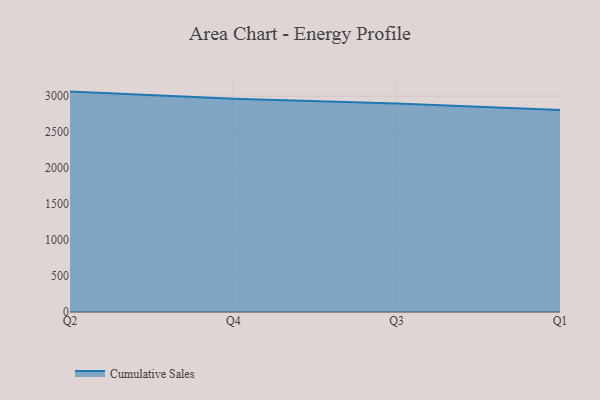
{"axis": {"x": "Quarter", "y": "Temperature (°C)"}, "legend": ["Cumulative Sales"], "data": [{"x": "Q2", "y": 3065.1, "type": "Cumulative Sales"}, {"x": "Q4", "y": 2967.4, "type": "Cumulative Sales"}, {"x": "Q3", "y": 2897.9, "type": "Cumulative Sales"}, {"x": "Q1", "y": 2808.1, "type": "Cumulative Sales"}]}